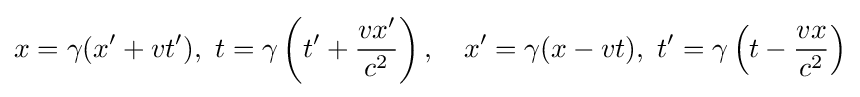
x=\gamma (x'+vt'),\,\,t=\gamma \left(t'+{\frac {vx'}{c^{2}}}\right),\quad x'=\gamma (x-vt),\,\,t'=\gamma \left(t-{\frac {vx}{c^{2}}}\right)